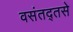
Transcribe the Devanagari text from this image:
वसंतद्तसे